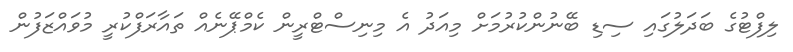
ލިފްޓުގެ ބަދަލުގައި ސިޑި ބޭނުންކުރުމަށް މިއަދު އެ މިނިސްޓްރީން ކެމްޕޭނެއް ތައާރަފްކުރީ މުވައްޒަފުން